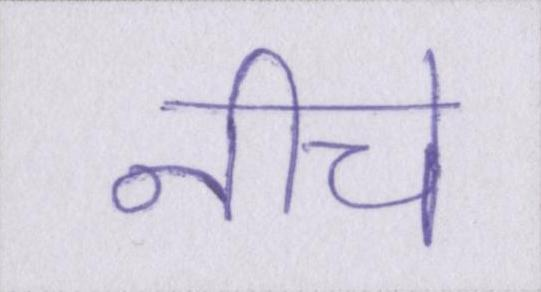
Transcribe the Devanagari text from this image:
नीचे